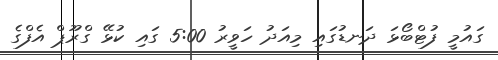
ގައުމީ ފުޓްބޯޅަ ދަނޑުގައި މިއަދު ހަވީރު 5:00 ގައި ކުޅޭ ގްރޫޕް އެފްގެ